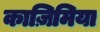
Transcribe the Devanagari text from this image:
काज़िमिया